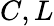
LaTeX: C,L